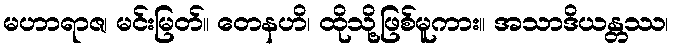
မဟာရာဇ၊ မင်းမြတ်။ တေနဟိ၊ ထိုသို့ဖြစ်မူကား။ အသာဒိယန္တဿ၊